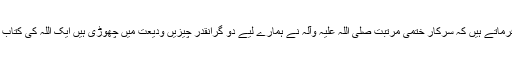
شیخ عبد الکریم حائری مؤسس حوزہ علمیہ قم فرماتے ہیں کہ سرکار ختمی مرتبت صلی اللہ علیہ وآلہ نے ہمارے لیے دو گرانقدر چیزیں ودیعت میں چھوڑی ہیں ایک اللہ کی کتاب اور دوسرے اہل بیت علیہم السلام ،مگرافسوس!